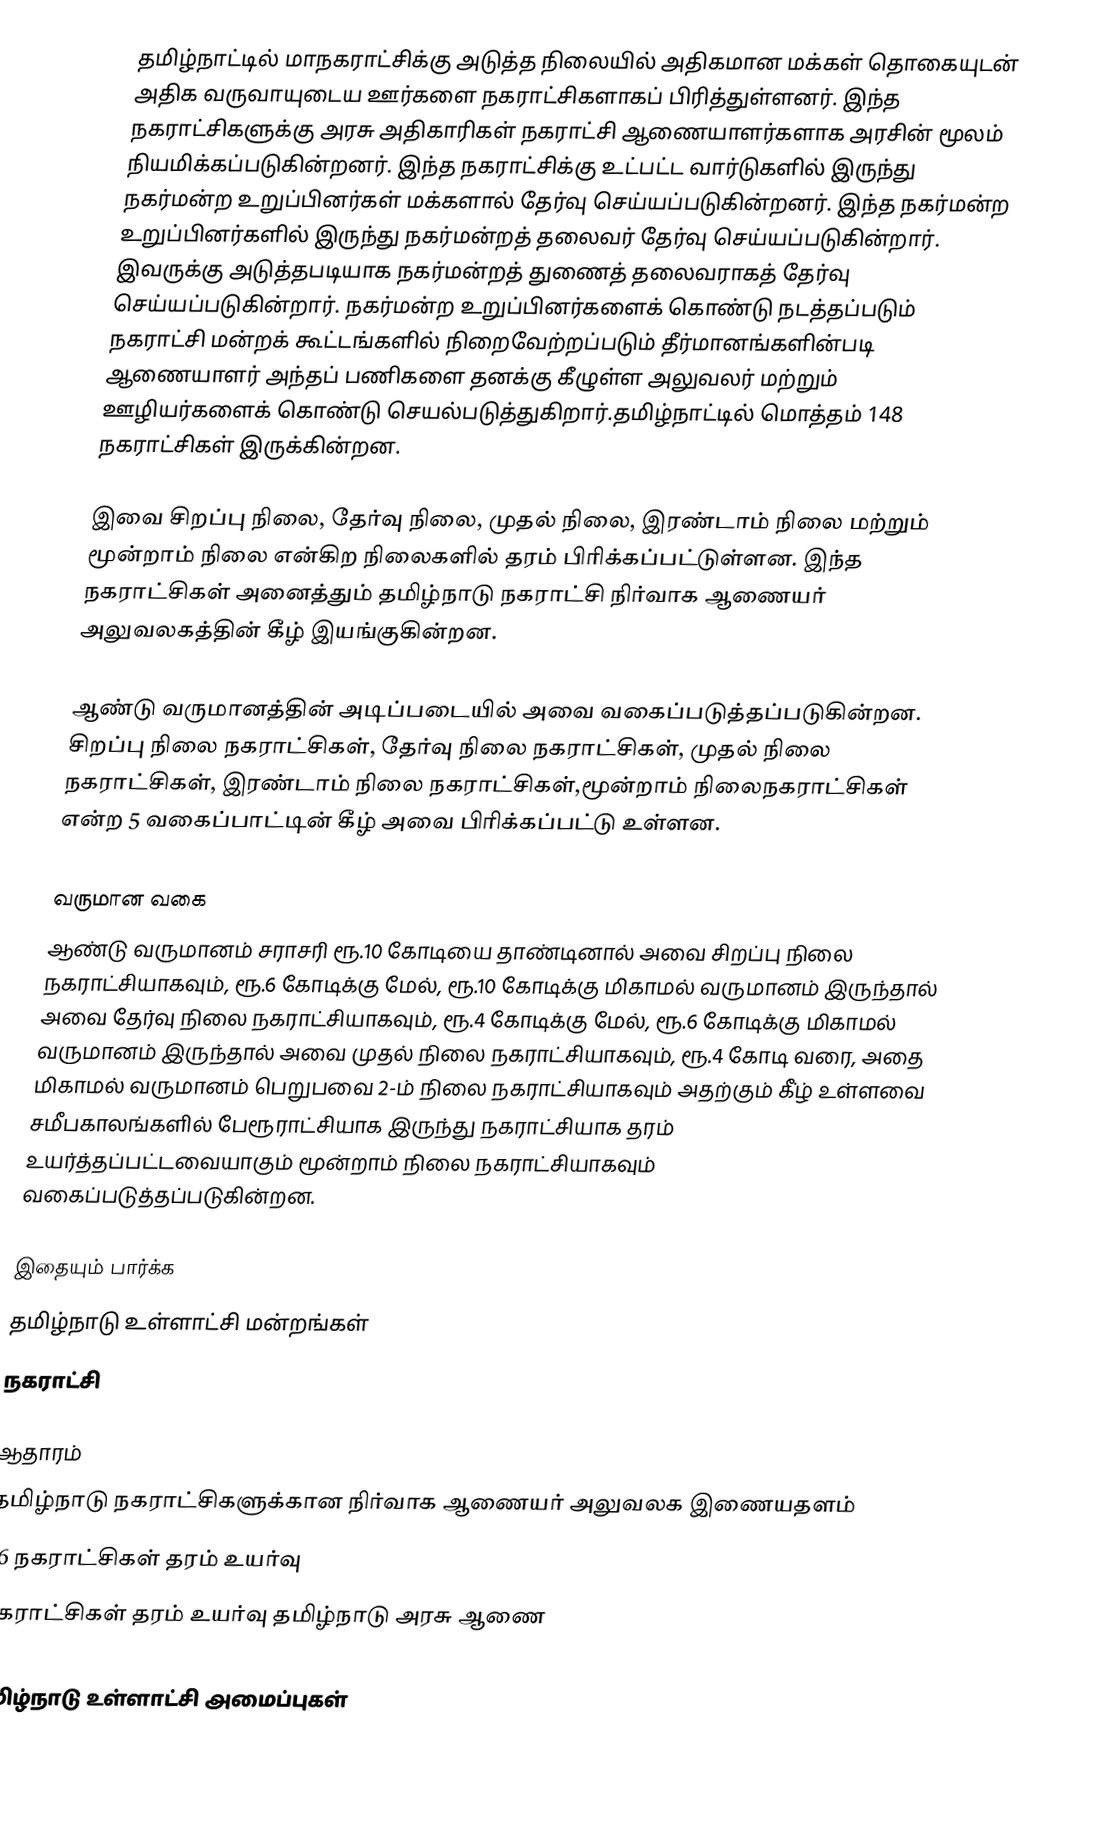
தமிழ்நாட்டில் மாநகராட்சிக்கு அடுத்த நிலையில் அதிகமான மக்கள் தொகையுடன் அதிக வருவாயுடைய ஊர்களை நகராட்சிகளாகப் பிரித்துள்ளனர். இந்த நகராட்சிகளுக்கு அரசு அதிகாரிகள் நகராட்சி ஆணையாளர்களாக அரசின் மூலம் நியமிக்கப்படுகின்றனர். இந்த நகராட்சிக்கு உட்பட்ட வார்டுகளில் இருந்து நகர்மன்ற உறுப்பினர்கள் மக்களால் தேர்வு செய்யப்படுகின்றனர். இந்த நகர்மன்ற உறுப்பினர்களில் இருந்து நகர்மன்றத் தலைவர் தேர்வு செய்யப்படுகின்றார். இவருக்கு அடுத்தபடியாக நகர்மன்றத் துணைத் தலைவராகத் தேர்வு செய்யப்படுகின்றார். நகர்மன்ற உறுப்பினர்களைக் கொண்டு நடத்தப்படும் நகராட்சி மன்றக் கூட்டங்களில் நிறைவேற்றப்படும் தீர்மானங்களின்படி ஆணையாளர் அந்தப் பணிகளை தனக்கு கீழுள்ள அலுவலர் மற்றும் ஊழியர்களைக் கொண்டு செயல்படுத்துகிறார்.தமிழ்நாட்டில் மொத்தம் 148 நகராட்சிகள் இருக்கின்றன.

இவை சிறப்பு நிலை, தேர்வு நிலை, முதல் நிலை, இரண்டாம் நிலை மற்றும் மூன்றாம் நிலை என்கிற நிலைகளில் தரம் பிரிக்கப்பட்டுள்ளன. இந்த நகராட்சிகள் அனைத்தும் தமிழ்நாடு நகராட்சி நிர்வாக ஆணையர் அலுவலகத்தின் கீழ் இயங்குகின்றன.

ஆண்டு வருமானத்தின் அடிப்படையில் அவை வகைப்படுத்தப்படுகின்றன. சிறப்பு நிலை நகராட்சிகள், தேர்வு நிலை நகராட்சிகள், முதல் நிலை நகராட்சிகள், இரண்டாம் நிலை நகராட்சிகள்,மூன்றாம் நிலைநகராட்சிகள் என்ற 5 வகைப்பாட்டின் கீழ் அவை பிரிக்கப்பட்டு உள்ளன.

வருமான வகை
ஆண்டு வருமானம் சராசரி ரூ.10 கோடியை தாண்டினால் அவை சிறப்பு நிலை நகராட்சியாகவும், ரூ.6 கோடிக்கு மேல், ரூ.10 கோடிக்கு மிகாமல் வருமானம் இருந்தால் அவை தேர்வு நிலை நகராட்சியாகவும், ரூ.4 கோடிக்கு மேல், ரூ.6 கோடிக்கு மிகாமல் வருமானம் இருந்தால் அவை முதல் நிலை நகராட்சியாகவும், ரூ.4 கோடி வரை, அதை மிகாமல் வருமானம் பெறுபவை 2-ம் நிலை நகராட்சியாகவும் அதற்கும் கீ்ழ் உள்ளவை சமீபகாலங்களில் பேரூராட்சியாக இருந்து நகராட்சியாக தரம் உயர்த்தப்பட்டவையாகும் மூன்றாம் நிலை நகராட்சியாகவும் வகைப்படுத்தப்படுகின்றன.

இதையும் பார்க்க
 தமிழ்நாடு உள்ளாட்சி மன்றங்கள்
 நகராட்சி

ஆதாரம்
 தமிழ்நாடு நகராட்சிகளுக்கான நிர்வாக ஆணையர் அலுவலக இணையதளம்
 36 நகராட்சிகள் தரம் உயர்வு
 நகராட்சிகள் தரம் உயர்வு தமிழ்நாடு அரசு ஆணை

தமிழ்நாடு உள்ளாட்சி அமைப்புகள்